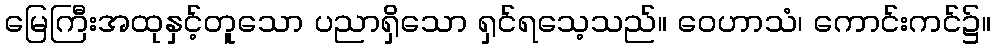
မြေကြီးအထုနှင့်တူသော ပညာရှိသော ရှင်ရသေ့သည်။ ဝေဟာသံ၊ ကောင်းကင်၌။